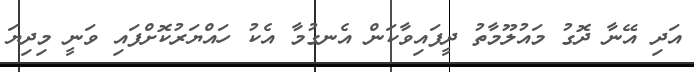
އަދި އޭނާ ދޮގު މައުލޫމާތު ދީފައިވާކަން އެނގުމާ އެކު ހައްޔަރުކޮށްފައި ވަނީ މިދިޔަ